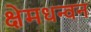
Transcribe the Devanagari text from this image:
क्षेमधन्वन